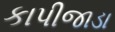
કાપીજાડા